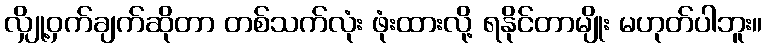
လျှို့ဝှက်ချက်ဆိုတာ တစ်သက်လုံး ဖုံးထားလို့ ရနိုင်တာမျိုး မဟုတ်ပါဘူး။